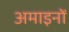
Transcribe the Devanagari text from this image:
अमाइनों